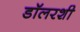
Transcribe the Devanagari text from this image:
डॉलरशी